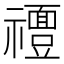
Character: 𱵴